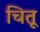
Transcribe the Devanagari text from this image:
चितू